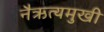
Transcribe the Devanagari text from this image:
नैऋत्यमुखी